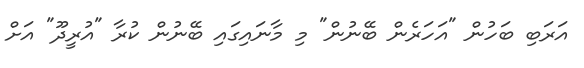
އަރަބި ބަހުން "އަހަރެން ބޭނުން" މި މާނައިގައި ބޭނުން ކުރާ "އުރީދޫ" އަށް